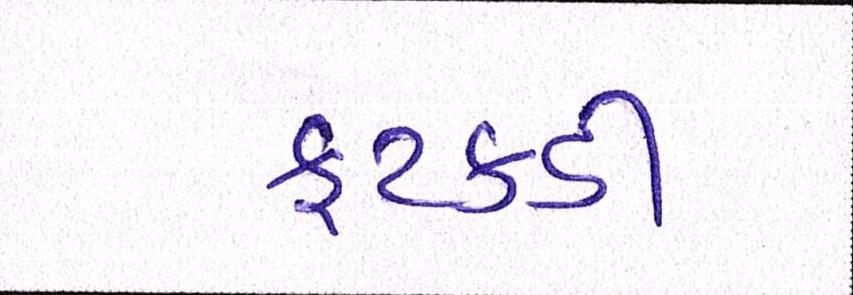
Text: ફટકડી